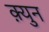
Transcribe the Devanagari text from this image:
क़्युन